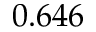
0 . 6 4 6